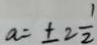
a = \pm 2 \frac { 1 } { 2 }